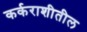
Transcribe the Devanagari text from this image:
कर्कराशीतील